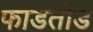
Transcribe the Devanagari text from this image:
फाडतोड